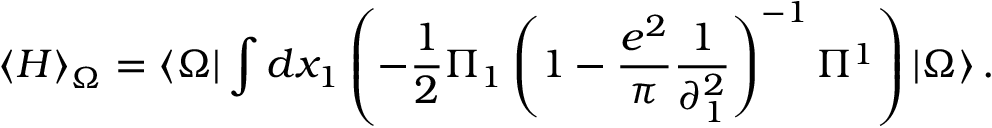
\left\langle H \right\rangle _ { \Omega } = \left\langle \Omega \right| \int { d x _ { 1 } } \left( { - \frac { 1 } { 2 } \Pi _ { 1 } \left( { 1 - \frac { { e ^ { 2 } } } { \pi } \frac { 1 } { { \partial _ { 1 } ^ { 2 } } } } \right) ^ { - 1 } \Pi ^ { 1 } } \right) \left| \Omega \right\rangle .